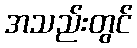
အသည်းတွင်